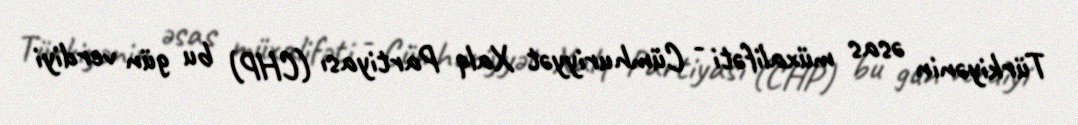
Türkiyənin əsas müxalifəti - Cümhuriyyət Xalq Partiyası (CHP) bu gün verdiyi